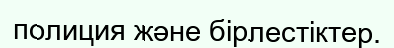
полиция және бірлестіктер.